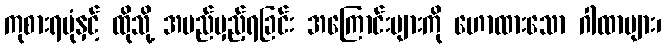
ကုစားရပုံနှင့် ထိုသို့ အမည်မှည့်ရခြင်း အကြောင်းများကို ဟောထားသော ဂါထာများ၊